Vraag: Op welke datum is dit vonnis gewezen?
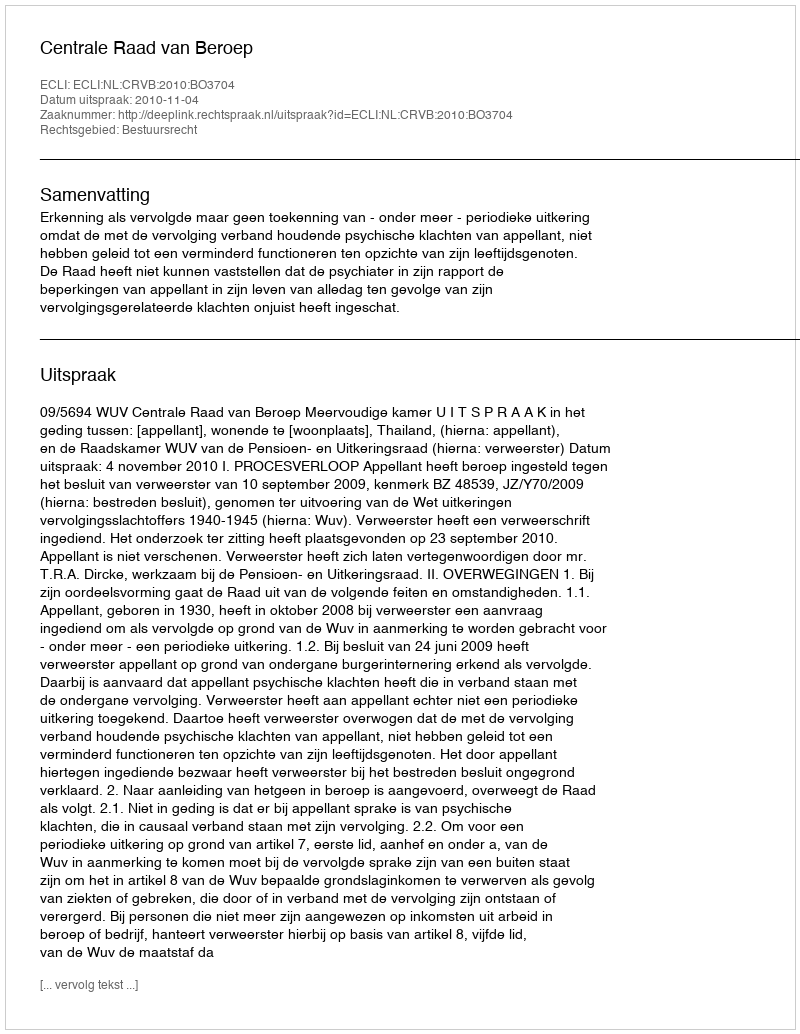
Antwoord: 2010-11-04